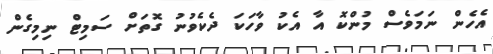
އެހެން ނަމަވެސް މުންކޮ އާ އެކު ވާހަކަ ދެކެވުނު ގޮތަށް ސަމިޓް ނިމިގެން